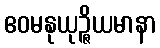
ဧဝမနုယုဉ္ဇိယမာနာ